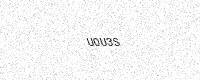
Text: U0U3S